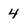
Character: 4